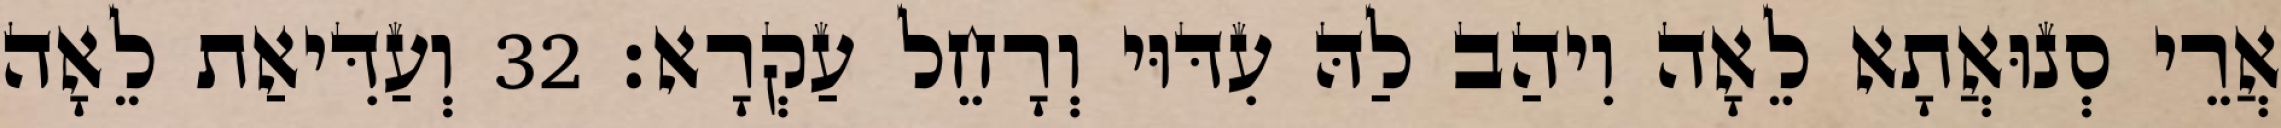
אֲרֵי סְנוּאֲתָא לֵאָה וִיהַב לַהּ עִדּוּי וְרָחֵל עַקְרָא׃ 32 וְעַדִּיאַת לֵאָה